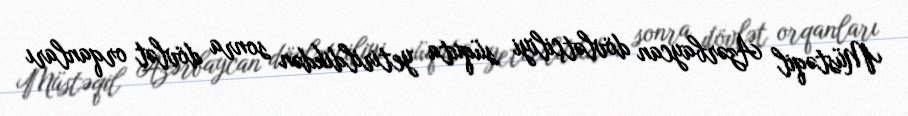
Müstəqil Azərbaycan dövlətçiliyi süquta yetirildikdən sonra dövlət orqanları